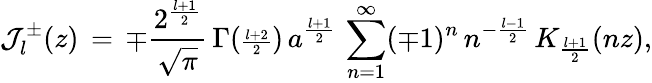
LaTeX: {\cal J}_{l}^{\pm}(z)\, =\, \mp\frac{2^{\frac{l+1}{2}}}{\sqrt{\pi}}\, {\Gamma}({\scriptstyle\frac{l+2}{2}})\, a^{\frac{l+1}{2}}\, \sum_{n=1}^{\infty}(\mp 1)^{n}\, n^{-\frac{l-1}{2}}\, K_{\frac{l+1}{2}}(nz),